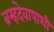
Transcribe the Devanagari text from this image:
ब्रम्हदेवापाशी